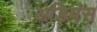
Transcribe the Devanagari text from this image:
अडियंस